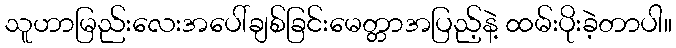
သူဟာမြည်းလေးအပေါ်ချစ်ခြင်းမေတ္တာအပြည့်နဲ့ ထမ်းပိုးခဲ့တာပါ။